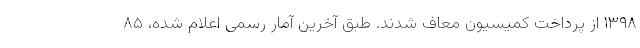
۱۳۹۸ از پرداخت کمیسیون معاف شدند. طبق آخرین آمار رسمی اعلام شده، ۸۵